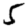
Digit: 5